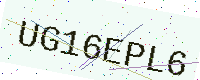
Text: UG16EPL6